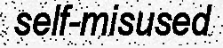
self-misused